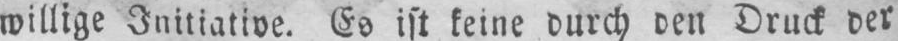
willige Initiative. Es ist keine durch den Druck der